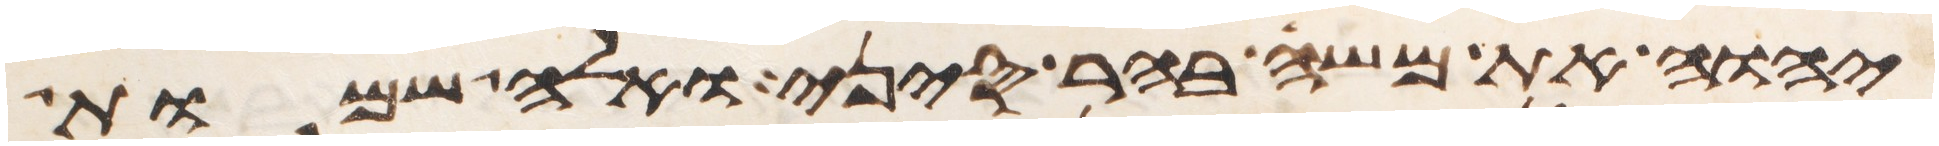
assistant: יהוה את משה בהר סיני ואלה שמות